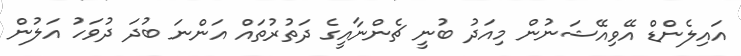
އައިލެންޑް އޭވިއޭޝަނުން މިއަދު ބުނީ ޗެންނާއީގެ ދަތުރުތައް އަންނަ ބުދަ ދުވަހު އަލުން